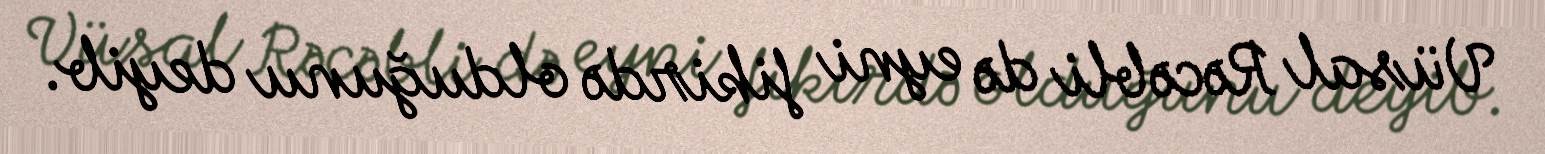
Vüsal Rəcəbli də eyni fikirdə olduğunu deyib.